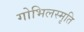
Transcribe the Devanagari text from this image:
गोभिलस्मृति